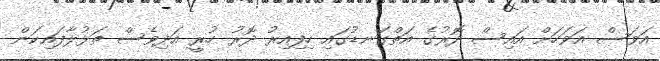
އަވަސް އަވަހަށް އައިސް ދޮރުގެ އަތްގަނޑުގައި ހިފިއިރު ދޮރު ހުރީ އަދިވެސް ތަޅުލާފައިކަން